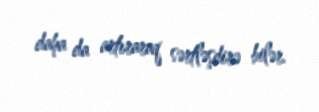
daha da artıraraq sərtləşdirə bilər.